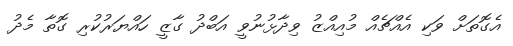
އެގޮތަށް ވަކި އެއްޗެއް މުއިއްޒު ވިދާޅުނުވީ އަބްދު ގާޒީ ހައްޔަރުކުރި ގޮތާ މެދު